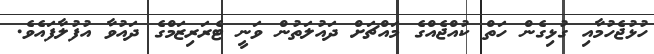
ހުޅުޖެހުމާއި ގުޅިގެން ހަތް ކުއްޖެއްގެ މައްޗަށް ދައުލަތުން ވަނީ ޓެރަރިޒަމްގެ ދައުވާ އުފުލާފައެވެ.